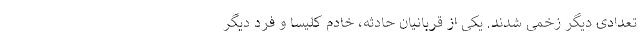
تعدادی دیگر زخمی شدند. یکی از قربانیان حادثه، خادم کلیسا و فرد دیگر